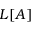
L [ A ]